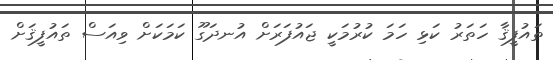
ތައުފީޤާ ހަތަރު ކަޅި ހަމަ ކުރުމަކީ ޖައުފަރަށް އުނދަގޫ ކަމަކަށް ވިއަސް ތައުފީޤަށް